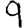
Digit: 9